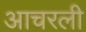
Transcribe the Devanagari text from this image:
आचरली